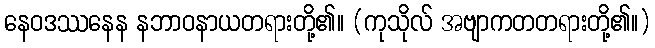
နေဝဒဿနေန နဘာဝနာယတရားတို့၏။ (ကုသိုလ် အဗျာကတတရားတို့၏။)